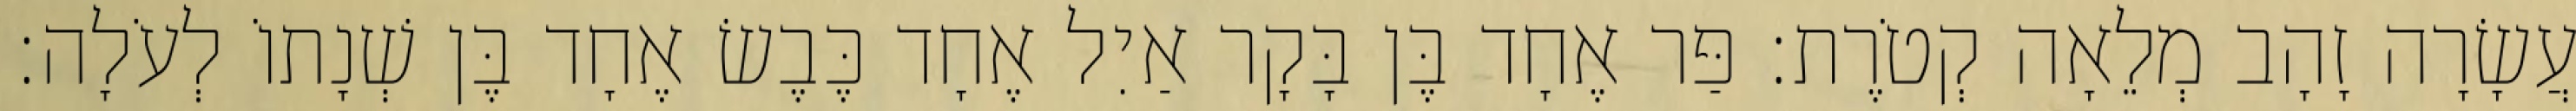
עֲשָׂרָה זָהָב מְלֵאָה קְטֹרֶת׃ פַּר אֶחָד בֶּן בָּקָר אַיִל אֶחָד כֶּבֶשׂ אֶחָד בֶּן שְׁנָתוֹ לְעֹלָה׃